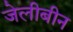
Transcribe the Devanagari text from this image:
जेलीबीन